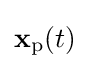
{\textstyle \mathbf {x} _{\text{p}}(t)}